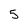
Character: 5